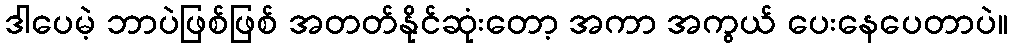
ဒါပေမဲ့ ဘာပဲဖြစ်ဖြစ် အတတ်နိုင်ဆုံးတော့ အကာ အကွယ် ပေးနေပေတာပဲ။